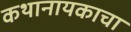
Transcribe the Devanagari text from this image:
कथानायकाचा